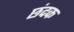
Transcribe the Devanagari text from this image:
छंदक